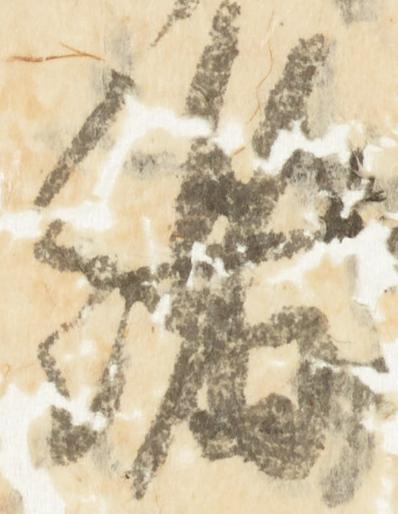
緒